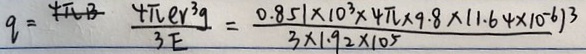
q = \frac { 4 \pi e r ^ { 3 } g } { 3 E } = \frac { 0 . 8 5 \times 1 0 ^ { 3 } \times 4 \pi \times 9 . 8 \times ( 1 . 6 4 \times 1 0 ^ { - 6 } ) ^ { 3 } } { 3 \times 1 . 9 2 \times 1 0 ^ { 5 } }